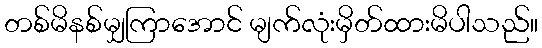
တစ်မိနစ်မျှကြာအောင် မျက်လုံးမှိတ်ထားမိပါသည်။